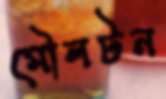
মৌলটন